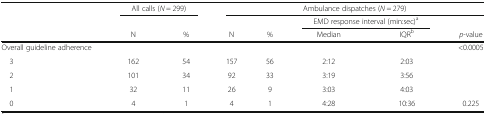
<table><thead><tr><td rowspan="3"></td><td colspan="2"><b>All calls (<i>N</i> = 299)</b></td><td colspan="5"><b>Ambulance dispatches (<i>N</i> = 279)</b></td></tr><tr><td></td><td></td><td></td><td></td><td colspan="2"><b>EMD response interval (min:sec)<sup>a</sup></b></td><td></td></tr><tr><td><b>N</b></td><td><b>%</b></td><td><b>N</b></td><td><b>%</b></td><td><b>Median</b></td><td><b>IQR<sup>b</sup></b></td><td><b><i>p</i>-value</b></td></tr></thead><tbody><tr><td>Overall guideline adherence</td><td></td><td></td><td></td><td></td><td></td><td></td><td>&lt;0.0005</td></tr><tr><td> 3</td><td>162</td><td>54</td><td>157</td><td>56</td><td>2:12</td><td>2:03</td><td></td></tr><tr><td> 2</td><td>101</td><td>34</td><td>92</td><td>33</td><td>3:19</td><td>3:56</td><td></td></tr><tr><td> 1</td><td>32</td><td>11</td><td>26</td><td>9</td><td>3:03</td><td>4:03</td><td></td></tr><tr><td> 0</td><td>4</td><td>1</td><td>4</td><td>1</td><td>4:28</td><td>10:36</td><td>0.225</td></tr></tbody></table>